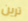
ترين